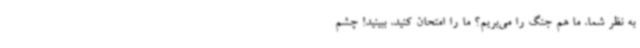
به نظر شما، ما هم جنگ را می‌بریم؟ ما را امتحان کنید، ببینید! چشم‌